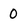
Character: O